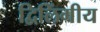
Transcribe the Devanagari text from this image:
द्विलिंगीय